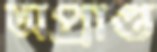
অপ্রাপ্ত